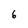
Character: 6